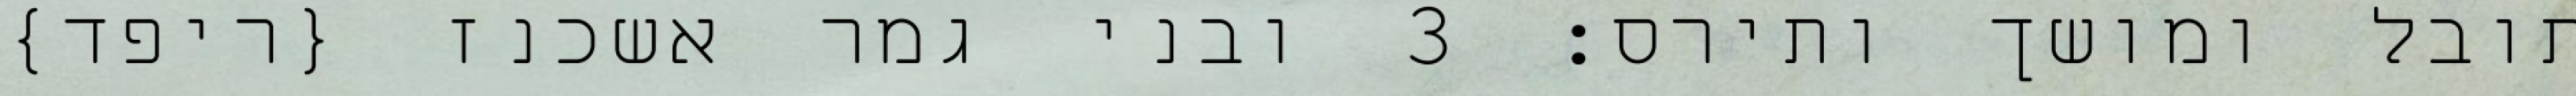
תובל ומושך ותירס׃ ‎3‏ ובני גמר אשכנז {ריפד}